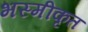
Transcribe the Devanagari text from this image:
भस्मीकृत